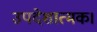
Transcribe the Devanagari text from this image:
उपदेशात्मक।